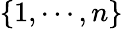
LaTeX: \{ 1,\cdots,n\}